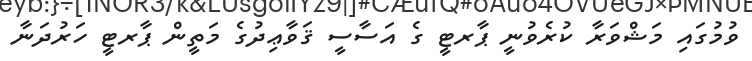
ވުމުގައި މަޝްވަރާ ކުރެވުނީ ޕާރޓީ ގެ އަސާސީ ޤަވާޢިދުގެ މަތީން ޕާރޓީ ހަރުދަނާ